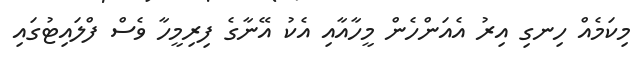
މިކަމެއް ހިނގި އިރު އެއަންހެން މީހާއާއި އެކު އޭނާގެ ފިރިމީހާ ވެސް ފްލައިޓުގައި